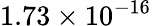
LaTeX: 1.73\times 10^{-16}